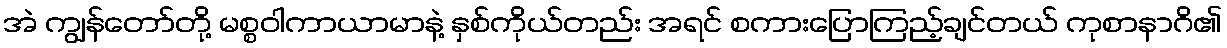
အဲ ကျွန်တော်တို့ မစ္စဝါကာယာမာနဲ့ နှစ်ကိုယ်တည်း အရင် စကားပြောကြည့်ချင်တယ် ကုစာနာဂိ၏